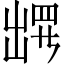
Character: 𫥧